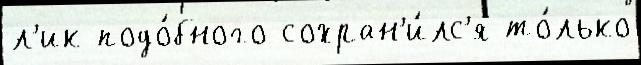
л'ик подо́бного сохран'и́лс'я то́лько